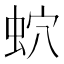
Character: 𧉢